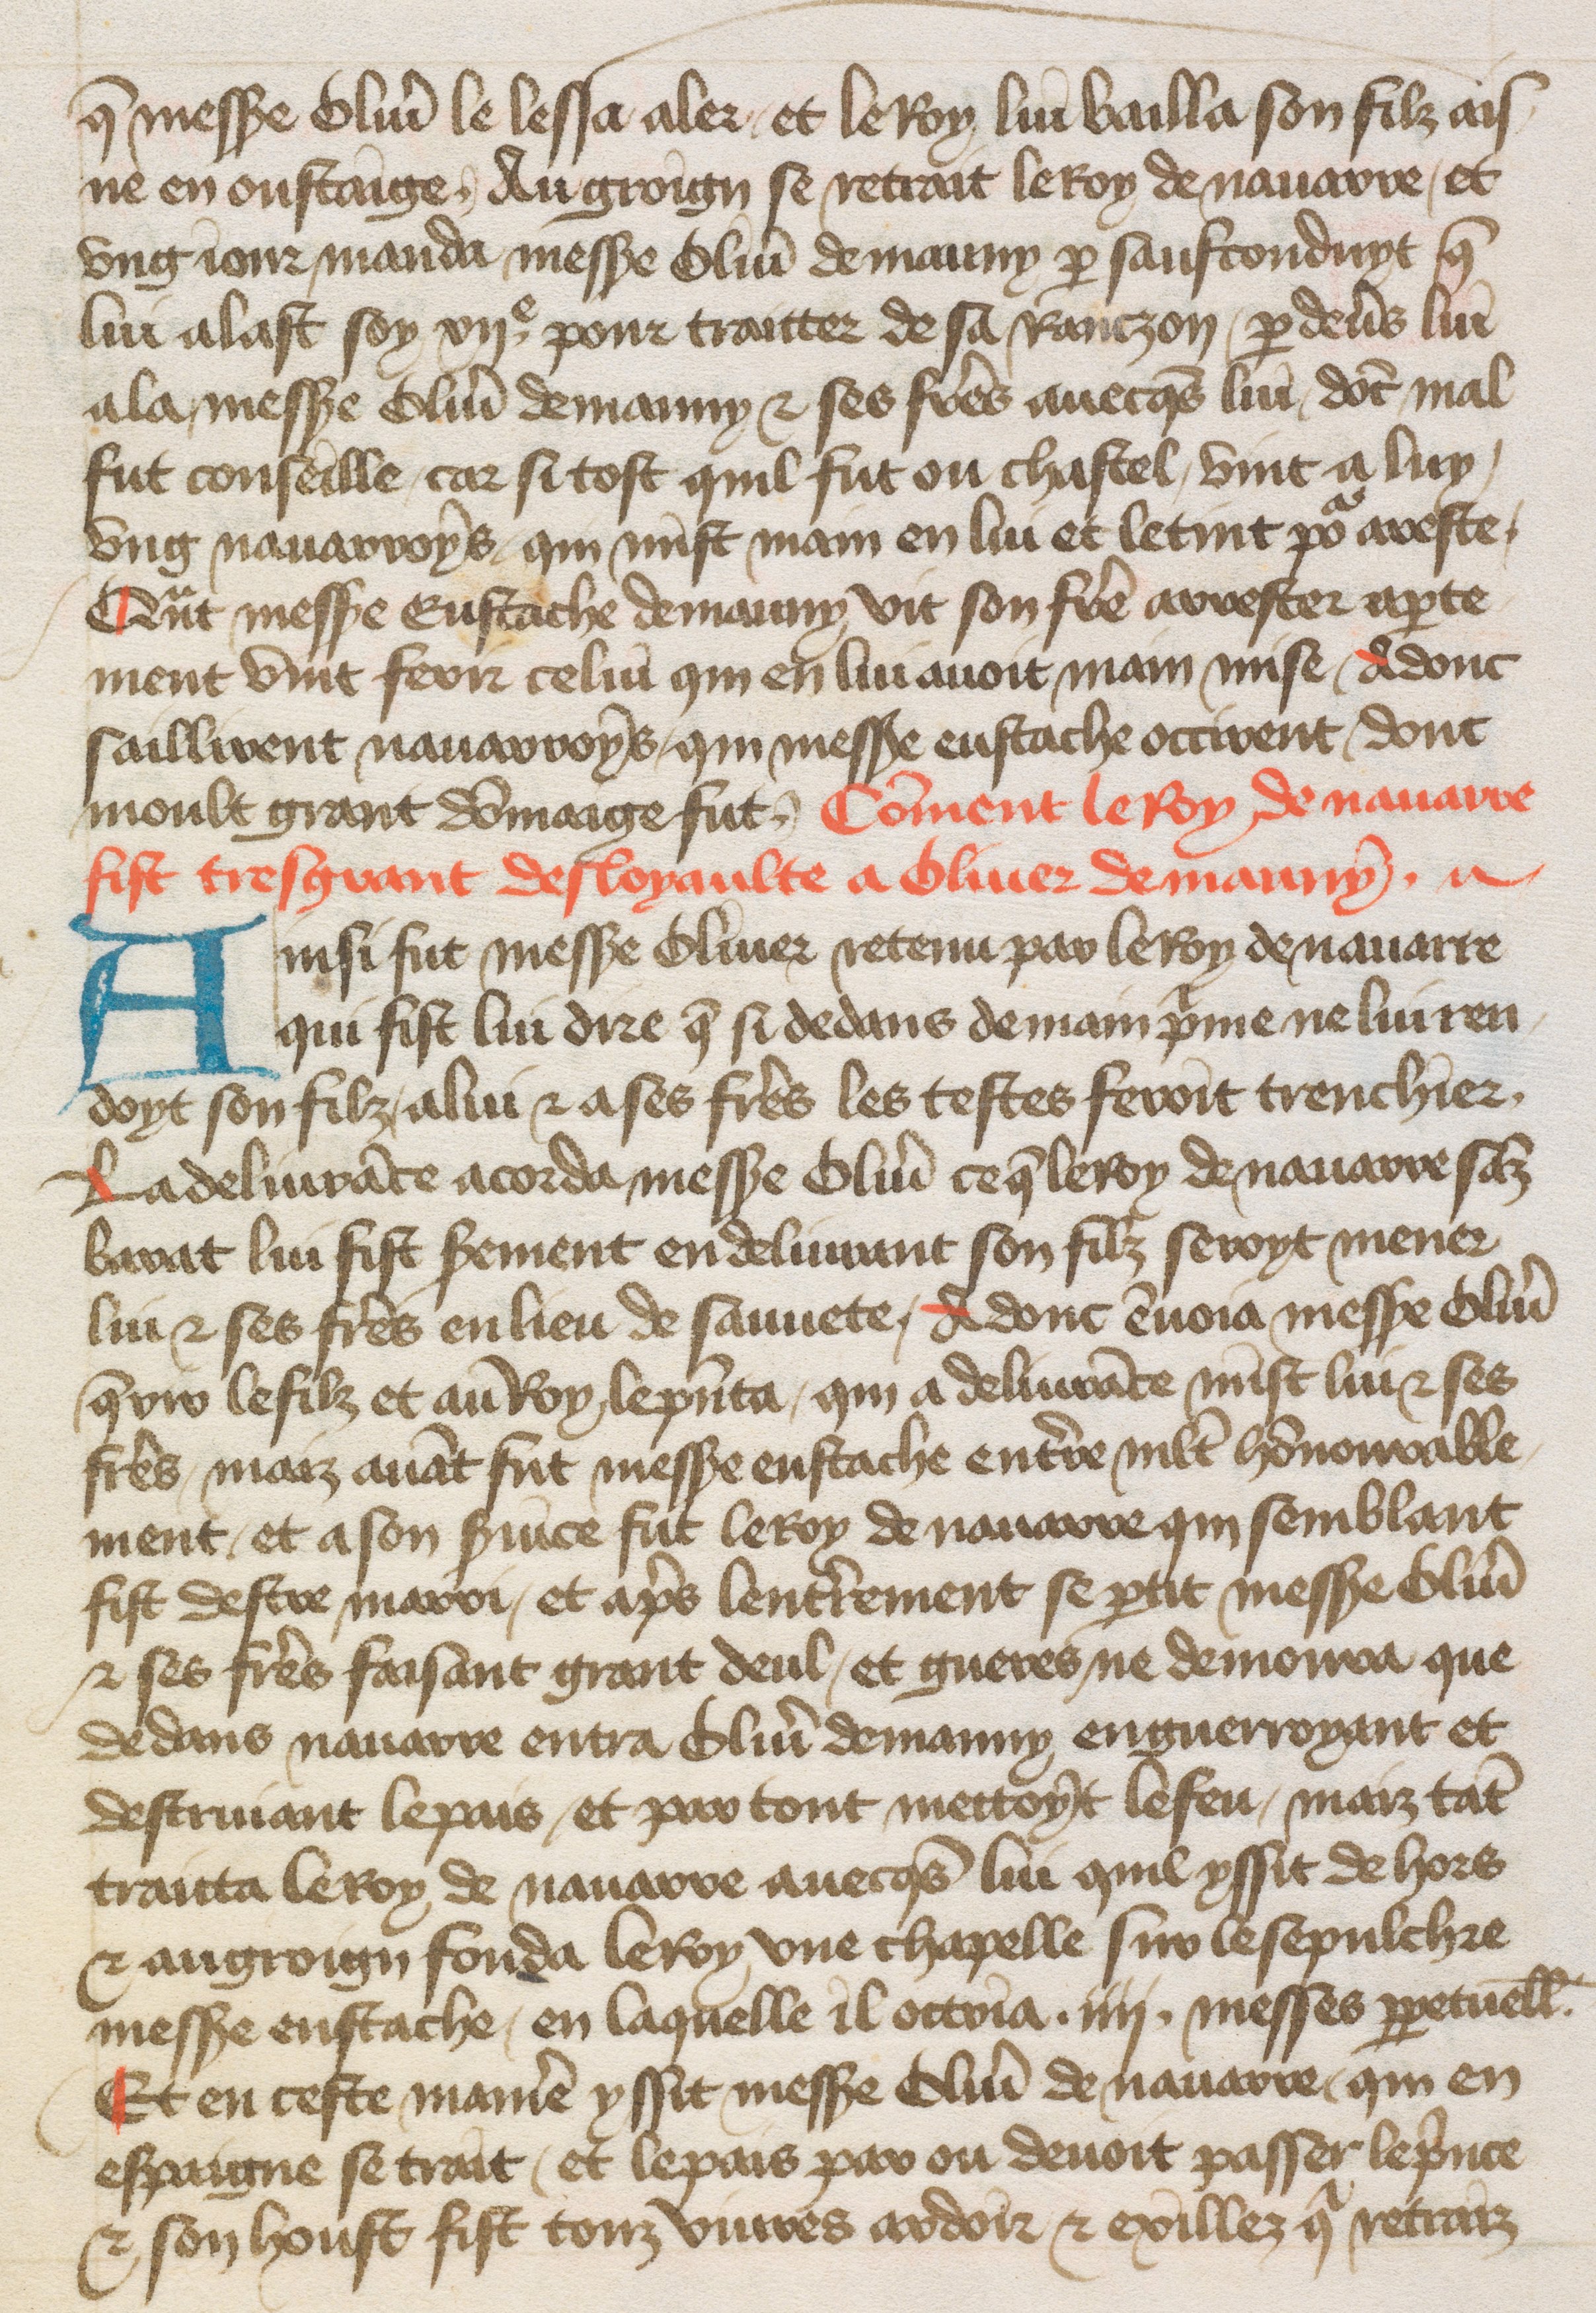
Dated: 1400–1499